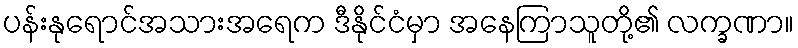
ပန်းနုရောင်အသားအရေက ဒီနိုင်ငံမှာ အနေကြာသူတို့၏ လက္ခဏာ။